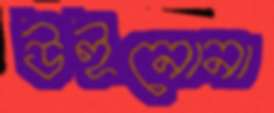
উইনোনা